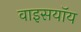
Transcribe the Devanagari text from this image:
वाइसयॉय